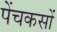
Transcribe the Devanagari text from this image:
पेंचकसों